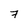
Character: 7